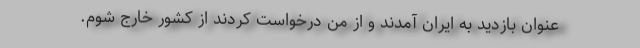
عنوان بازدید به ایران آمدند و از من درخواست کردند از کشور خارج شوم.